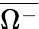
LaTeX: \overline{{\Omega^{-}}}